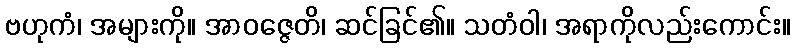
ဗဟုကံ၊ အများကို။ အာဝဇ္ဇေတိ၊ ဆင်ခြင်၏။ သတံဝါ၊ အရာကိုလည်းကောင်း။